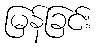
မြန်ခြင်း